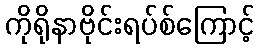
ကိုရိုနာဗိုင်းရပ်စ်ကြောင့်